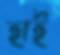
হাই